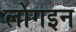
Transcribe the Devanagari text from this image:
लोगइन